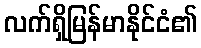
လက်ရှိမြန်မာနိုင်ငံ၏